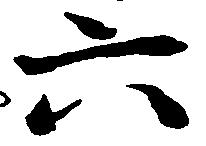
六